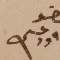
عضو داود عسى